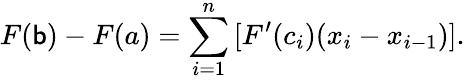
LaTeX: F(\mathsf{b})-F(a)=\sum_{i=1}^{n}\, [F^{\prime}(c_{i})(x_{i}-x_{i-1})].